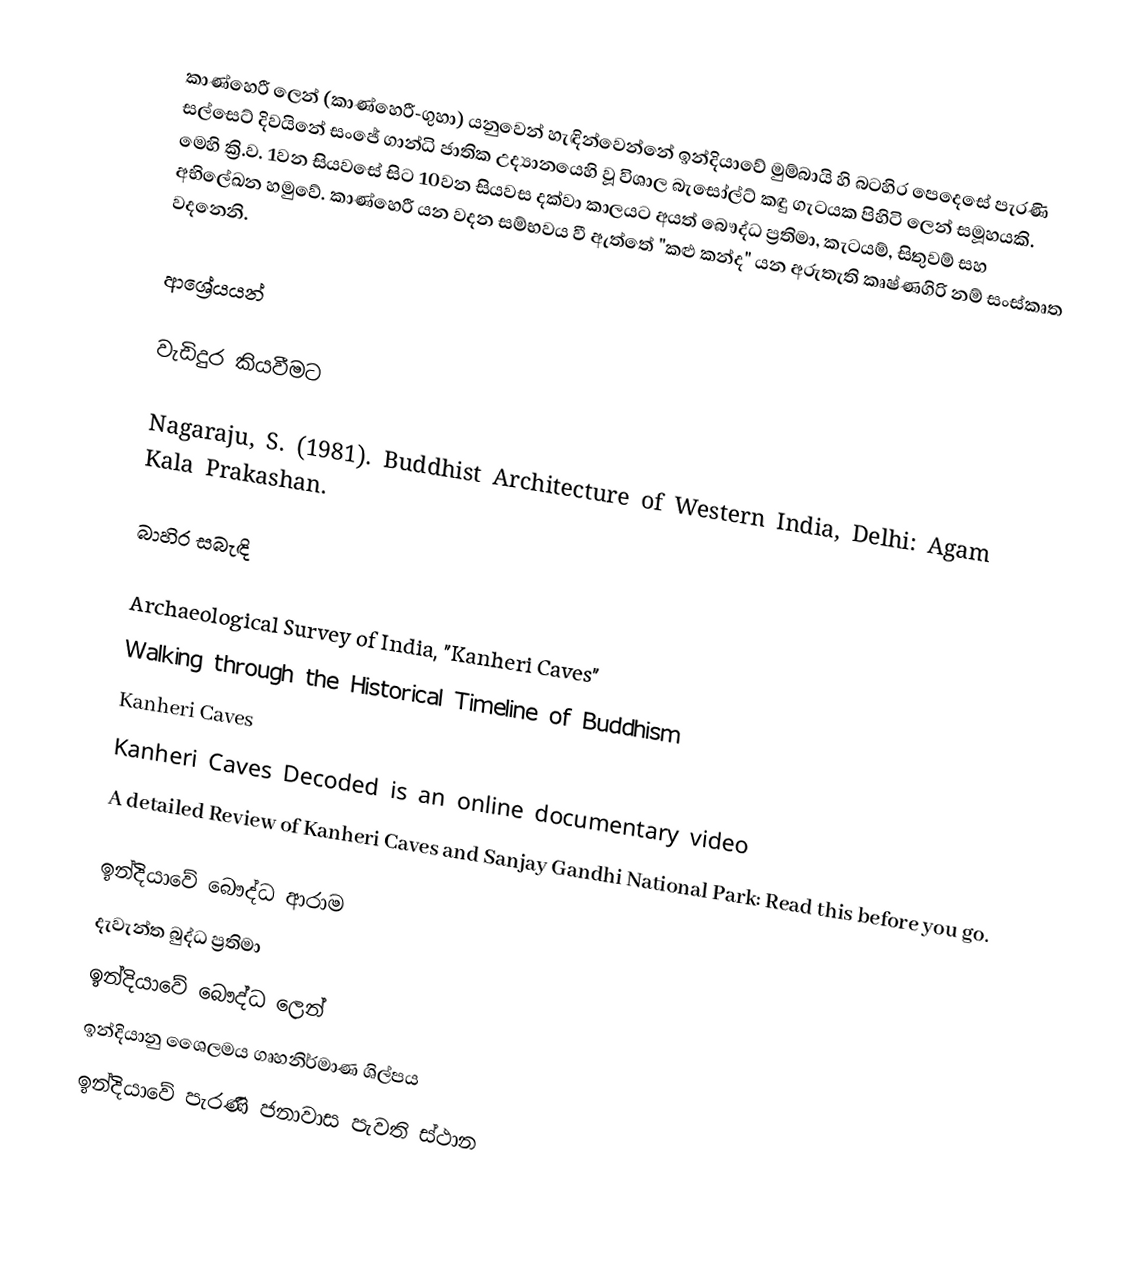
කාණ්හෙරී ලෙන් (කාණ්හෙරී-ගුහා) යනුවෙන් හැඳින්වෙන්නේ ඉන්දියාවේ මුම්බායි හි බටහිර පෙදෙසේ පැරණි සල්සෙට් දිවයිනේ සංජේ ගාන්ධි ජාතික උද්‍යානයෙහි වූ විශාල බැසෝල්ට් කඳු ගැටයක පිහිටි ලෙන් සමූහයකි. මෙහි ක්‍රි.ව. 1වන සියවසේ සිට 10වන සියවස දක්වා කාලයට අයත් බෞද්ධ ප්‍රතිමා, කැටයම්, සිතුවම් සහ අභිලේඛන හමුවේ. කාණ්හෙරී යන වදන සම්භවය වී ඇත්තේ "කළු කන්ද" යන අරුතැති කෘෂ්ණගිරි නම් සංස්කෘත වදනෙනි.

ආශ්‍රේයයන්

වැඩිදුර කියවීමට

 Nagaraju, S. (1981). Buddhist Architecture of Western India, Delhi: Agam Kala Prakashan.

බාහිර සබැඳි

Archaeological Survey of India, "Kanheri Caves"
Walking through the Historical Timeline of Buddhism
Kanheri Caves
Kanheri Caves Decoded is an online documentary video
A detailed Review of Kanheri Caves and Sanjay Gandhi National Park: Read this before you go.

ඉන්දියාවේ බෞද්ධ ආරාම
දැවැන්ත බුද්ධ ප්‍රතිමා
ඉන්දියාවේ බෞද්ධ ලෙන්
ඉන්දියානු ශෛලමය ගෘහනිර්මාණ ශිල්පය
ඉන්දියාවේ පැරණි ජනාවාස පැවති ස්ථාන